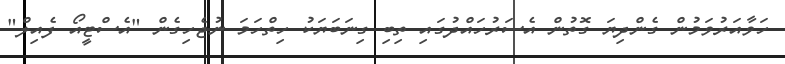
ހަވާއަރުވަމުން ގެންދިޔަ ގޮތުން އެސަރުހައްދުގައި ތިބި ގިނަބަޔަކު ހިތްހަމަ ނުޖެހިގެން "އެސްޓީއޯ ފެއިލް"